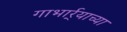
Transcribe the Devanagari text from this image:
गाभार्र्‍याच्या